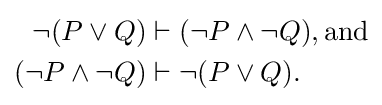
{\begin{aligned}\neg (P\lor Q)&\vdash (\neg P\land \neg Q),{\text{and}}\\(\neg P\land \neg Q)&\vdash \neg (P\lor Q).\end{aligned}}